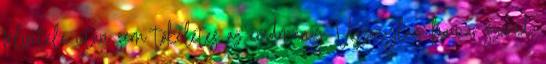
felvitele után sem tökéletes az eredmény. Viszonylag hamar szárad,